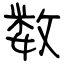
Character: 数